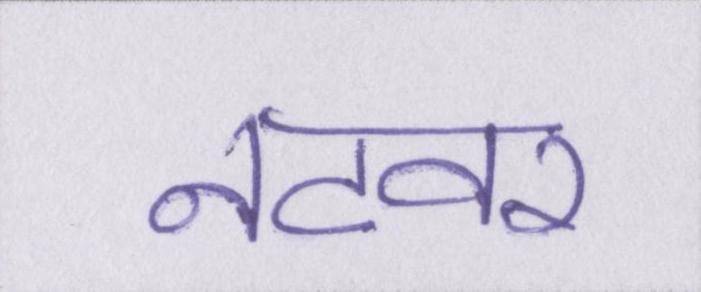
नटवर